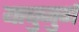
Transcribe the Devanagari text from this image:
याबुजुर्ग